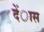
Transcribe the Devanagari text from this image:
देंास